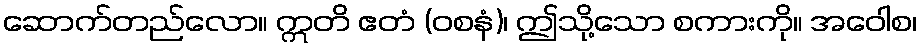
ဆောက်တည်လော။ ဣတိ ဧတံ (ဝစနံ)၊ ဤသို့သော စကားကို။ အဝေါစ၊